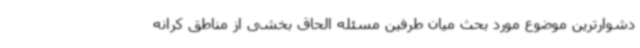
دشوارترین موضوع مورد بحث میان طرفین مسئله الحاق بخشی از مناطق کرانه